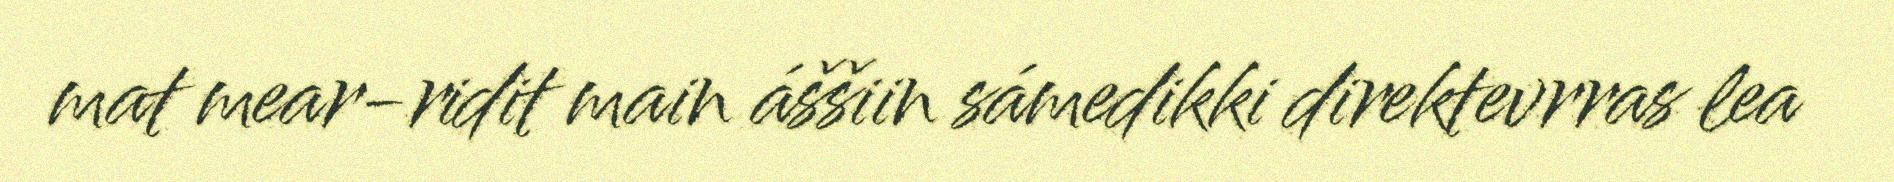
mat mear-ridit main áššiin sámedikki direktevrras lea